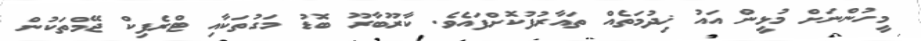
މީހުންނަށް މުޅީން އައު ޚިދުމަތެއް ތައާރުފުކޮށްފައެވެ. ކާރޫބާރޫ ބޮޑު މަގުތަކާއި ޓްރެފިކް ޖޭމްތަކުން